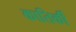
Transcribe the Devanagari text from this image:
कातिर्की